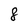
Character: 8